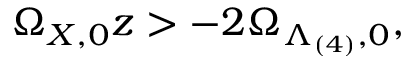
\Omega _ { X , 0 } z > - 2 \Omega _ { \Lambda _ { ( 4 ) } , 0 } ,